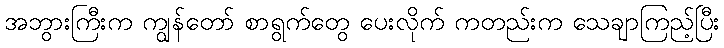
အဘွားကြီးက ကျွန်တော် စာရွက်တွေ ပေးလိုက် ကတည်းက သေချာကြည့်ပြီး